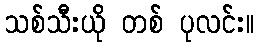
သစ်သီးယို တစ် ပုလင်း။